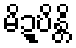
မိဍ္ဎိန္တိ